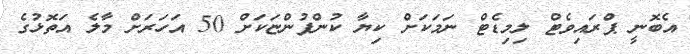
އެބޮނީ ޕްރައިވެޓް ލިމިޑެޓް ނަމަކަށް ކިޔާ ކުންފުންޏަކަށް 50 އަހަރަށް މާލެ އަތޮޅުގެ